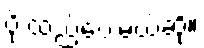
ပို ထည့်ပေးမယ်ဆို။